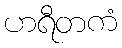
ဟရီတကံ